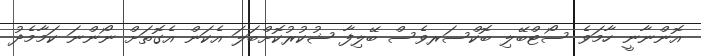
އޮންނާނީ ހާމަވެ ސޯޓްބޭލި ބޮކްސަރވެސް ބޭލިފާ ޝުކުުރުކޮށްބަލަ އެކަން އެގޮތަށް ނޯންނަ ކަމާމެދު